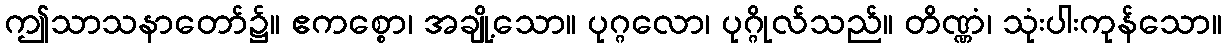
ဤသာသနာတော်၌။ ဧကစ္စော၊ အချို့သော။ ပုဂ္ဂလော၊ ပုဂ္ဂိုလ်သည်။ တိဏ္ဏံ၊ သုံးပါးကုန်သော။